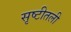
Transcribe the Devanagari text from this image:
सृष्टीतली